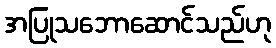
အပြုသဘောဆောင်သည်ဟု